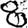
Digit: 8